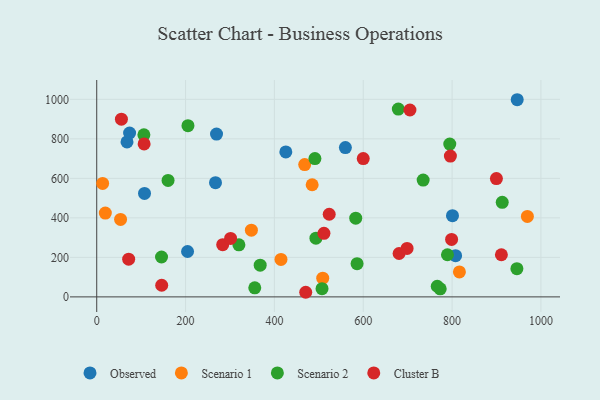
{"axis": {"x": "Distance", "y": "Salary"}, "legend": ["Cluster B", "Observed", "Scenario 1", "Scenario 2"], "data": [{"x": "267.4", "y": 578.4, "type": "Observed"}, {"x": "559.8", "y": 756.0, "type": "Observed"}, {"x": "204.5", "y": 229.7, "type": "Observed"}, {"x": "269.7", "y": 824.4, "type": "Observed"}, {"x": "68.2", "y": 784.6, "type": "Observed"}, {"x": "800.9", "y": 411.2, "type": "Observed"}, {"x": "807.9", "y": 208.4, "type": "Observed"}, {"x": "74.0", "y": 829.7, "type": "Observed"}, {"x": "946.6", "y": 998.1, "type": "Observed"}, {"x": "107.6", "y": 523.8, "type": "Observed"}, {"x": "425.7", "y": 734.0, "type": "Observed"}, {"x": "485.0", "y": 567.6, "type": "Scenario 1"}, {"x": "468.2", "y": 669.8, "type": "Scenario 1"}, {"x": "508.8", "y": 94.8, "type": "Scenario 1"}, {"x": "348.2", "y": 337.8, "type": "Scenario 1"}, {"x": "53.7", "y": 392.2, "type": "Scenario 1"}, {"x": "816.5", "y": 126.1, "type": "Scenario 1"}, {"x": "13.3", "y": 574.3, "type": "Scenario 1"}, {"x": "19.4", "y": 424.1, "type": "Scenario 1"}, {"x": "969.5", "y": 407.1, "type": "Scenario 1"}, {"x": "414.8", "y": 189.4, "type": "Scenario 1"}, {"x": "773.3", "y": 40.9, "type": "Scenario 2"}, {"x": "368.0", "y": 160.3, "type": "Scenario 2"}, {"x": "794.8", "y": 773.5, "type": "Scenario 2"}, {"x": "766.6", "y": 53.8, "type": "Scenario 2"}, {"x": "355.8", "y": 45.8, "type": "Scenario 2"}, {"x": "507.2", "y": 41.5, "type": "Scenario 2"}, {"x": "160.6", "y": 589.5, "type": "Scenario 2"}, {"x": "912.9", "y": 478.8, "type": "Scenario 2"}, {"x": "106.2", "y": 820.4, "type": "Scenario 2"}, {"x": "789.6", "y": 213.3, "type": "Scenario 2"}, {"x": "491.2", "y": 700.0, "type": "Scenario 2"}, {"x": "205.4", "y": 866.6, "type": "Scenario 2"}, {"x": "145.9", "y": 201.9, "type": "Scenario 2"}, {"x": "320.1", "y": 263.3, "type": "Scenario 2"}, {"x": "679.0", "y": 950.6, "type": "Scenario 2"}, {"x": "586.1", "y": 168.2, "type": "Scenario 2"}, {"x": "734.9", "y": 591.1, "type": "Scenario 2"}, {"x": "945.9", "y": 142.7, "type": "Scenario 2"}, {"x": "493.5", "y": 297.1, "type": "Scenario 2"}, {"x": "583.1", "y": 398.5, "type": "Scenario 2"}, {"x": "680.7", "y": 219.5, "type": "Cluster B"}, {"x": "106.7", "y": 774.3, "type": "Cluster B"}, {"x": "698.7", "y": 245.5, "type": "Cluster B"}, {"x": "798.9", "y": 290.9, "type": "Cluster B"}, {"x": "55.6", "y": 899.8, "type": "Cluster B"}, {"x": "600.0", "y": 700.3, "type": "Cluster B"}, {"x": "470.5", "y": 23.3, "type": "Cluster B"}, {"x": "283.6", "y": 264.1, "type": "Cluster B"}, {"x": "511.5", "y": 321.9, "type": "Cluster B"}, {"x": "899.8", "y": 598.8, "type": "Cluster B"}, {"x": "301.4", "y": 296.1, "type": "Cluster B"}, {"x": "71.9", "y": 190.7, "type": "Cluster B"}, {"x": "705.1", "y": 946.0, "type": "Cluster B"}, {"x": "911.0", "y": 213.3, "type": "Cluster B"}, {"x": "146.3", "y": 58.9, "type": "Cluster B"}, {"x": "523.4", "y": 418.2, "type": "Cluster B"}, {"x": "796.2", "y": 712.6, "type": "Cluster B"}]}